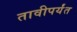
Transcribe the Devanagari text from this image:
तावीपर्यंत